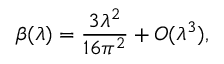
\beta ( \lambda ) = \frac { 3 \lambda ^ { 2 } } { 1 6 \pi ^ { 2 } } + O ( \lambda ^ { 3 } ) ,